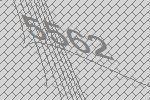
5562